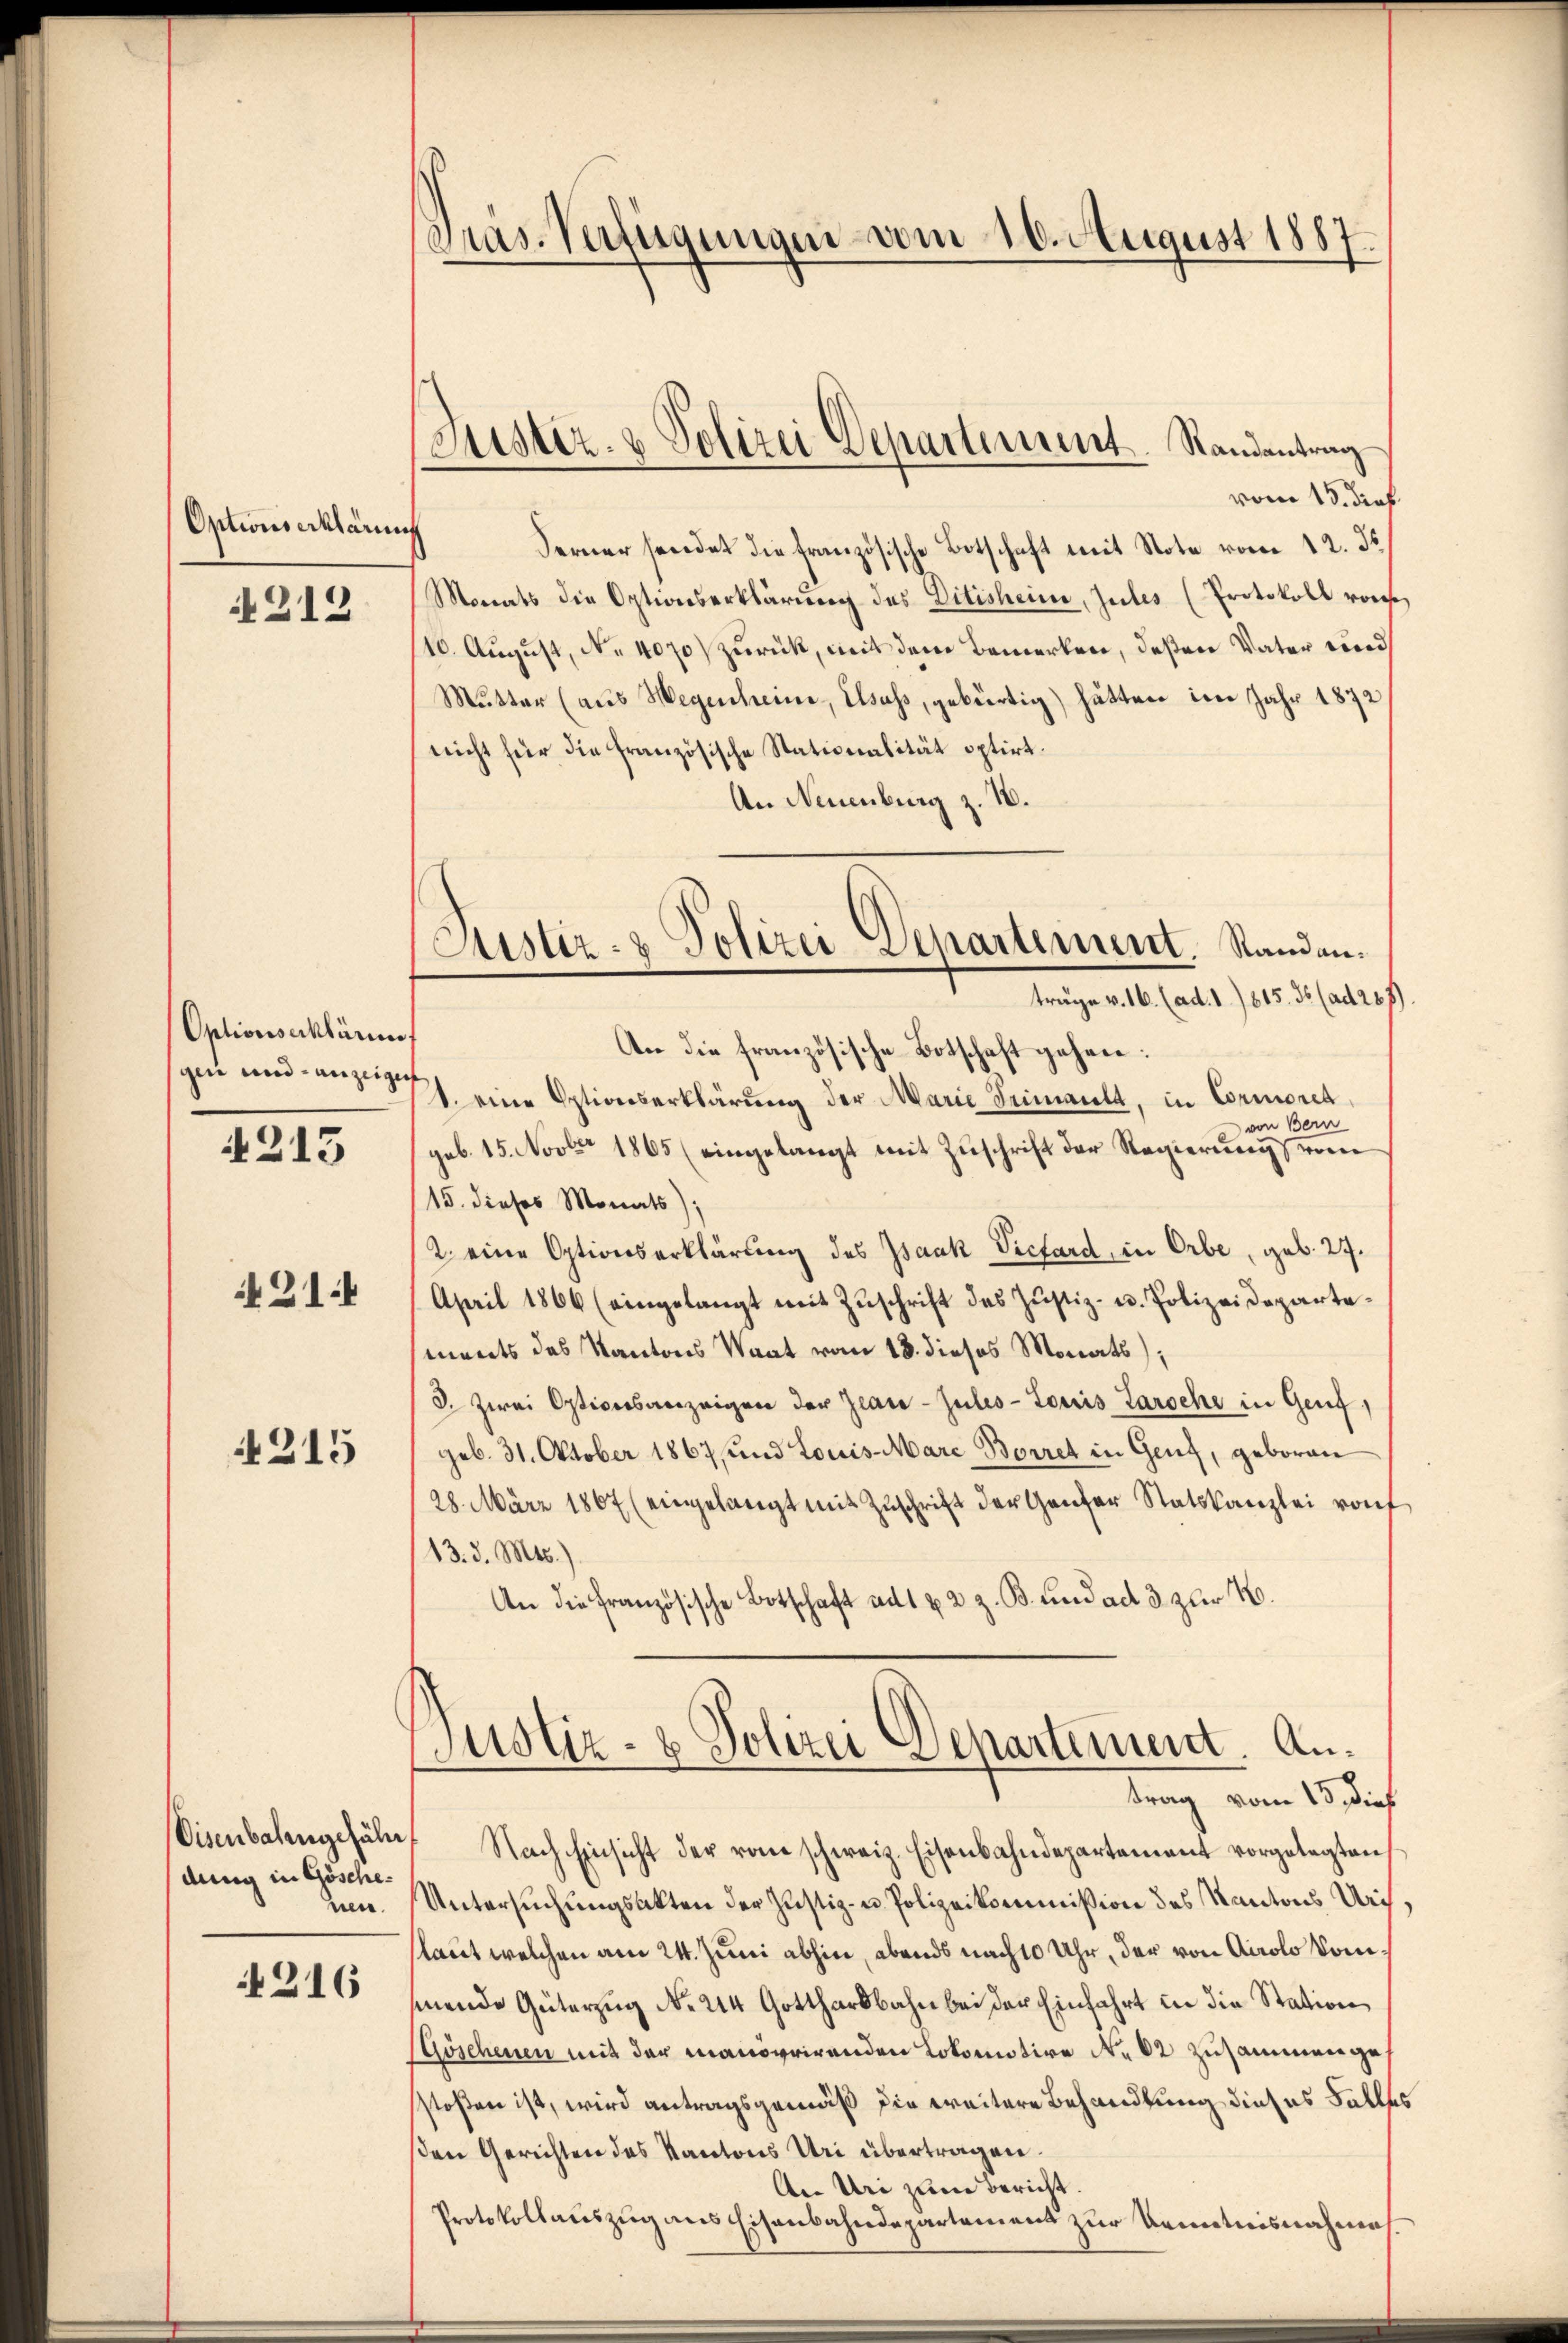
Optionserklärung

212

Optionserkläret
gen und anzeige

4215

21.

215

Visenbahngefähr
dung in Göschenen.

4216

Präs. Verfügungen vom 10. August 1887.

vom 15. dies
Ferner sendet die französische Botschaft mit Note vom 12. ds.
Monats die Optionserklärung des Ditisheime, zules (Protokoll von
/10. August, No 4070) zurück, mit dem Bemerken, deßen Vater wird
Mutter (aus Wegenheime, Elsass, gebürtig) hätten im Jahr 1872
nicht für die französische Stationalität optirt.
An Neuenburg z. 18.
An die französische Botschaft gehen:
1. eine Optionserklärung der Marie Heimantt, in Cormoret
von Bern
geb. 15. Novbr 1865 (eingelangt mit Zuschrift der Regierung vom
15. dieses Monats);
2. eine Optionserklärung des Isaak Viehard, in Orbe, geb. 27.
April 1866 (eingelangt mit Zŭschrift das Justiz- u. Polizeideparte-
ments des Kantons Staat vom 18. dieses Monats);
3. Zwei Opticesanzeigen der Zwar-Zules-Louis Laroche in Genf,
geb. 31. Oktober 1867, und Louis-Mare Borret in Genz, geboren
28. März 1867 (eingelangt mit Zŭschrift der Ganter Statskanzlei von
13. d. Mts.)
An die Französische Botschaft ad 1 & 2 z. B. und ad 3 zur K.

Justiz- & Polizei Departement. Randantrag

Justiz- & Polizei Departement. Standanträge v. 16. (ad. 1.) 815. 35 (ad 287)

Justiz- & Polizei Departement. Antrag vom 13. dies

Nach Einsicht der vom schweiz. Eisenbahndepartement vorgelegten
Untersuchungsakten der Justiz- u Polizeikommißion des Kantons Uri
kaut welchen am 24. Juni abhin, abends nach 10 Uhr, der von Airolo kommende Güterzug No. 214 Gotthardbahn bei der Einfahrt in die Station
Göschenen mit der manoerirenden Lokomotive Nr. 82 zusammenges
stoßen ist, wird antragsgemäß die weitere Behandlung dieses Falles
sen Gerichten des Kantons Uri übertragen.
An Uri zum Bericht.
Protokollauszug aus Eisenbahndepartement zur Kenntnisnahme